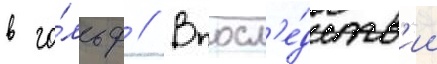
в го́льф // Впосл'е́дств'ии